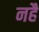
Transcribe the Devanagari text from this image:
नहै